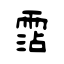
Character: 霑